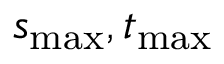
s _ { \mathrm { m a x } } , t _ { \mathrm { m a x } }